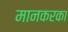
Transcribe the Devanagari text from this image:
मानकरका